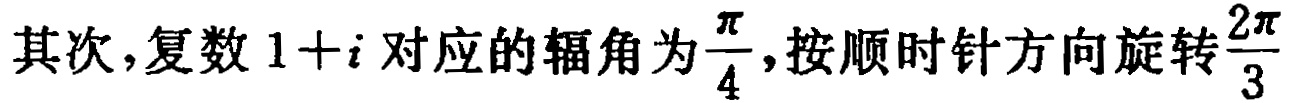
其次,复数 \(1 + i\) 对应的辐角为 \(\frac{\pi}{4}\),按顺时针方向旋转 \(\frac{2\pi}{3}\)